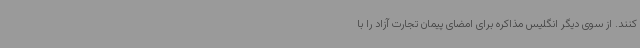
کنند. از سوی دیگر انگلیس مذاکره برای امضای پیمان تجارت آزاد را با